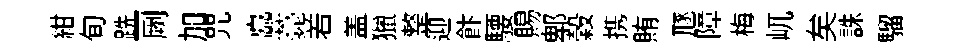
紺旬跣一劂加咒矗薧𠰥盖獵整迎飰騕賜郫穀携賄豗障梅屼矣誅騮